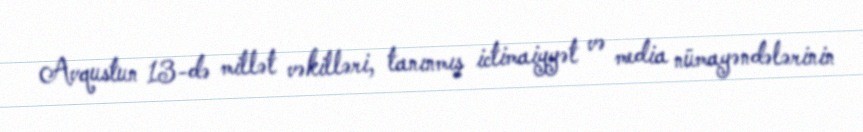
Avqustun 13-də millət vəkilləri, tanınmış ictimaiyyət və media nümayəndələrinin